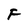
Character: F